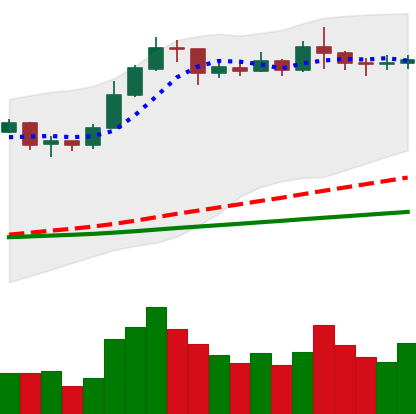
Ticker: ETC-USD
Chart end date: 2020-02-10
Forward return: -12.255%
Label: down_7plus